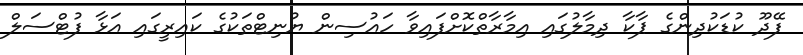
ފޭދޫ ކުޑަކުދިންގެ ޕާކާ ދިމާލުގައި އިމާރާތްކޮށްފައިވާ ހައުސިން ޔުނިޓްތަކުގެ ކައިރީގައި އަޅާ ފުޓްސަލް